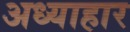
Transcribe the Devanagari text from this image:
अध्याहार